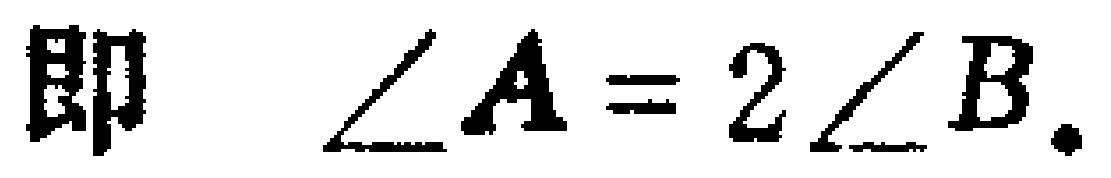
即 $\angle A = 2\angle B.$